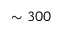
\sim 3 0 0